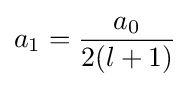
a_{1}={\frac {a_{0}}{2(l+1)}}